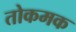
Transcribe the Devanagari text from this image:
तोकमक